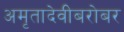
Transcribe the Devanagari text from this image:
अमृतादेवीबरोबर